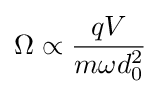
\Omega \propto {\frac {qV}{m\omega d_{0}^{2}}}